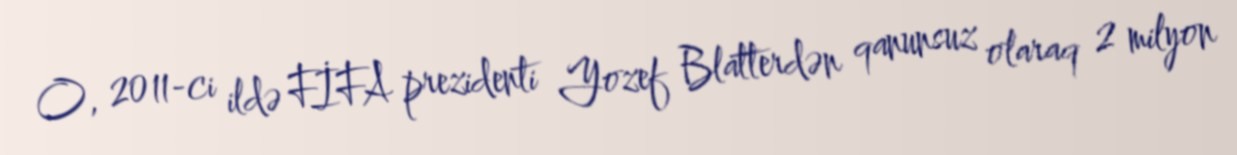
O, 2011-ci ildə FİFA prezidenti Yozef Blatterdən qanunsuz olaraq 2 milyon